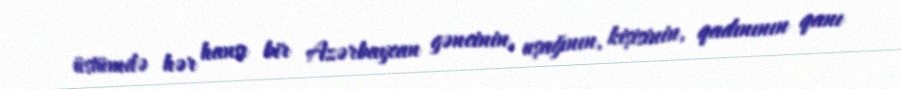
üstümdə hər hansı bir Azərbaycan gəncinin, uşağının, kişisinin, qadınının qanı